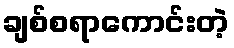
ချစ်စရာကောင်းတဲ့